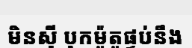
មិនស៊ី បុកម៉ូតូផ្ទប់នឹង